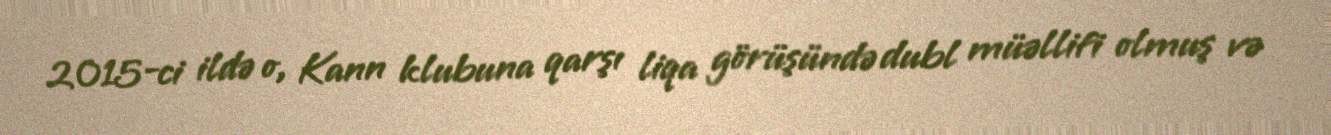
2015-ci ildə o, Kann klubuna qarşı liqa görüşündə dubl müəllifi olmuş və